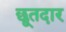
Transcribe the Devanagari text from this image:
छूतदार